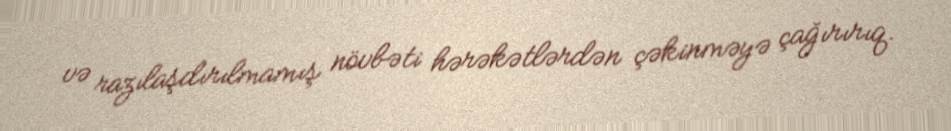
və razılaşdırılmamış növbəti hərəkətlərdən çəkinməyə çağırırıq.